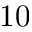
1 0